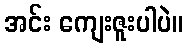
အင်း ကျေးဇူးပါပဲ။